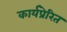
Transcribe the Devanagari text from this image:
कार्यप्रेरित